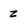
Character: z